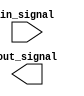
module io_block (
    input wire in_signal,
    output wire out_signal
);

// Input stage with ECL logic levels
reg in_buffer;
assign in_buffer = in_signal;

// Input impedance matching for noise reduction
// Not specifically implementable in Verilog, but can be accounted for in design

// High-speed output stage with ECL-compatible levels
reg out_buffer;
assign out_signal = out_buffer;

// Signal conditioning and fan-out capabilities
// Not specifically implementable in Verilog, but can be accounted for in design

endmodule